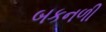
બકનળી